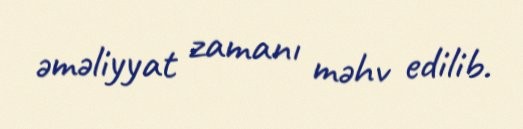
əməliyyat zamanı məhv edilib.